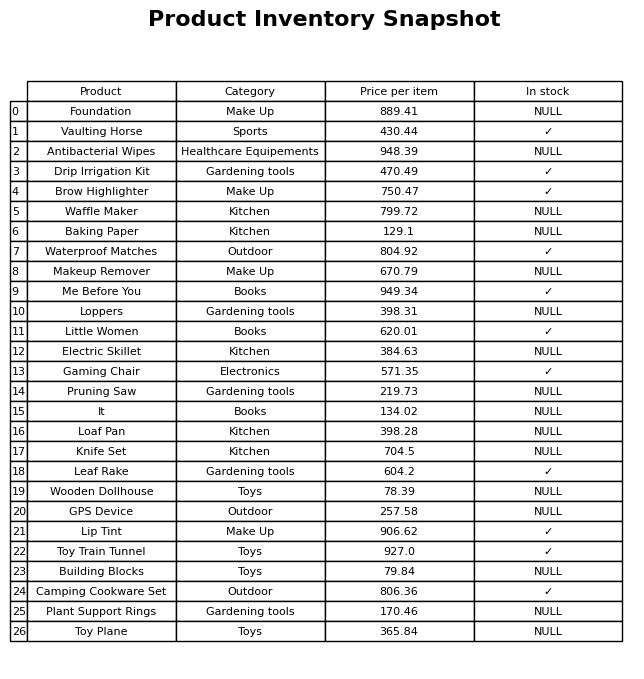
question: What is the price of the Little Women?
answer: The price of Little Women is 620.01.